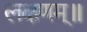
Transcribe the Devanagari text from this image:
लक्षणम्‌॥